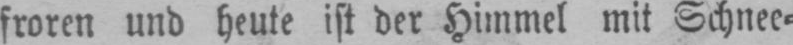
froren und heute ist der Himmel mit Schnee⸗